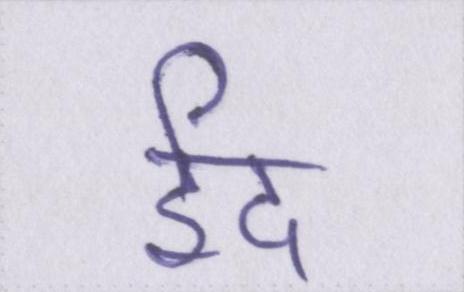
ईद